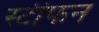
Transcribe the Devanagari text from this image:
स्टीफन